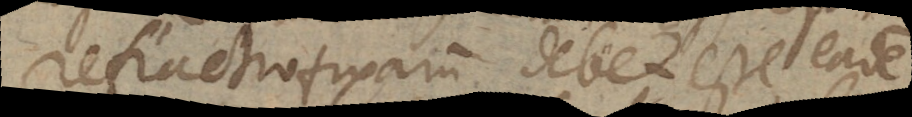
refractio fixarum debet esse eadem